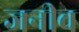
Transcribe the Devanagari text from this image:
जनीव